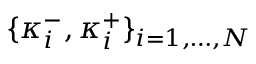
\{ \kappa _ { i } ^ { - } , \kappa _ { i } ^ { + } \} _ { i = 1 , \ldots , N }